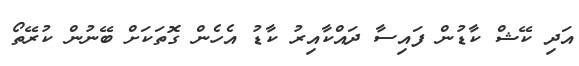
އަދި ކޭޝް ކާޑުން ފައިސާ ދައްކާއިރު ކާޑު އެހެން ގޮތަކަށް ބޭނުން ކުރޭތޯ